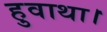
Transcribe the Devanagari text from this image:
हुवाथा।